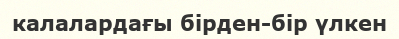
калалардағы бірден-бір үлкен